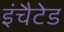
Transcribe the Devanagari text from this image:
इंचैटेड